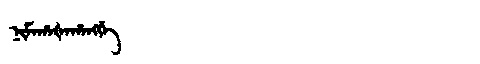
Manchu: ᠨᡳᠮᠠᡥᠠᡧᠠᡥᠠᠩᡤᡝ
Romanization: NIMAHAŠAHANGGE